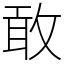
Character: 敢